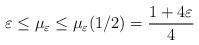
LaTeX: \begin{align*}\varepsilon\leq\mu_{\varepsilon}\leq\mu_{\varepsilon}(1/2)=\frac{1+4\varepsilon}{4} \end{align*}